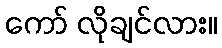
ကော် လိုချင်လား။